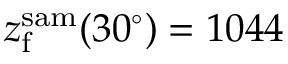
z _ { \mathrm { f } } ^ { \mathrm { s a m } } ( 3 0 ^ { \circ } ) = 1 0 4 4